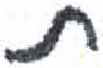
אות: ת